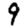
Digit: 9